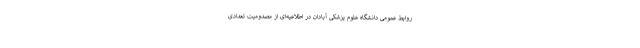
روابط عمومی دانشگاه علوم پزشکی آبادان در اطلاعیه‌ای از مصدومیت تعدادی